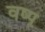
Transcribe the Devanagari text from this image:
वष्प